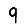
Digit: 9